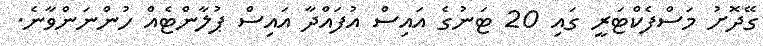
ގޭދޮށު މަސްފެކްޓަރީ ގައި 20 ޓަނުގެ އައިސް އުފައްދާ އައިސް ޕުލާންޓެއް ހުންނަންވާނެ.